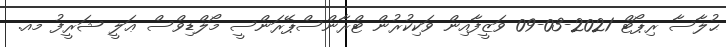
ޙުލާސާ ރިޕޯޓް 2021-03-09 ވަޒީފާއިން ވަކިކުރުން ޓްރާންސްޕޭރަންސީ މޯލްޑިވްސް ޢަލީ ޝަރީފު މއ.